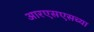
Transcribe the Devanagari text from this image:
आरएसएसच्या